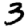
Digit: 3